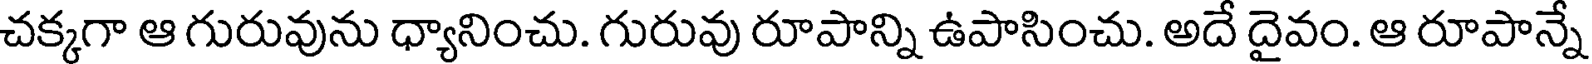
చక్కగా ఆ గురువును ధ్యానించు. గురువు రూపాన్ని ఉపాసించు. అదే దైవం. ఆ రూపాన్నే